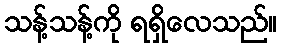
သန့်သန့်ကို ရရှိလေသည်။